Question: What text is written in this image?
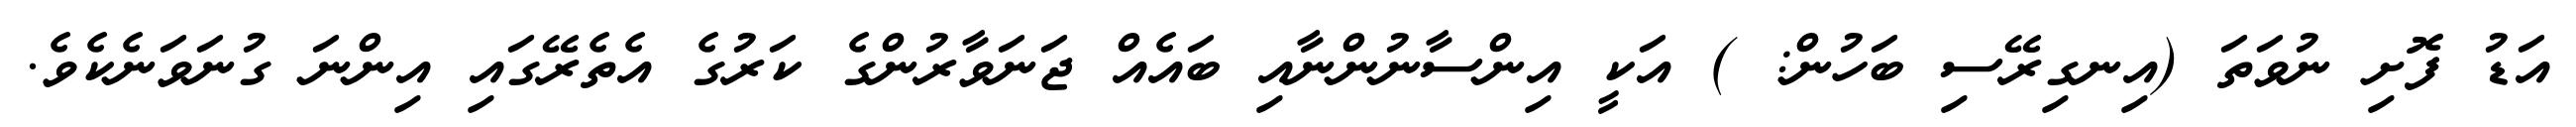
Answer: އަޑު ފޮށި ނުވަތަ (އިނގިރޭސި ބަހުން: ) އަކީ އިންސާނުންނާއި ބައެއް ޖަނަވާރުންގެ ކަރުގެ އެތެރޭގައި އިންނަ ގުނަވަނެކެވެ.